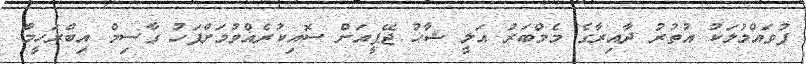
ފުވައްމުލަކު އުތުރު ދާއިރާގެ މެމްބަރު އަލީ ޝާހު ޖޭޕީއަށް ސޮއިކުރެއްވުމަށްފަހު ގާސިމް އިބްރަހީމާ